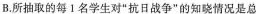
B.所抽取的每1名学生对”抗日战争”的知晓情况是总